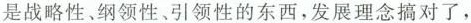
是战略性、纲领性、引领性的东西，发展理念搞对了，